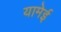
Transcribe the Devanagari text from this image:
यामेई